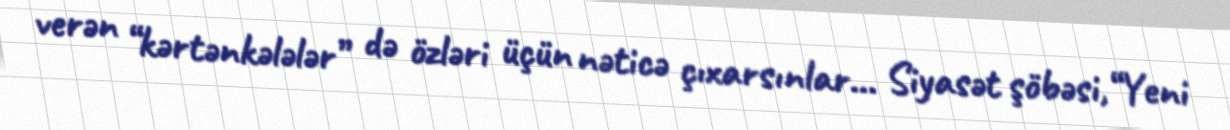
verən “kərtənkələlər” də özləri üçün nəticə çıxarsınlar... Siyasət şöbəsi,“Yeni